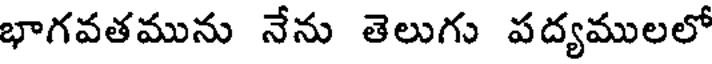
భాగవతమును నేను తెలుగు పద్యములలో